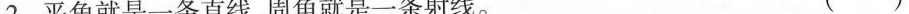
2.平角就是一条直线，周角就是一条射线。 ( )